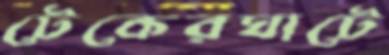
টেকেরঘাটে